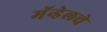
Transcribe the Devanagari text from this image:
मॅन्डेलचे